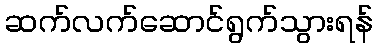
ဆက်လက်ဆောင်ရွက်သွားရန်